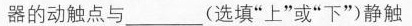
器的动触点与___(选填”上”或”下”）静触